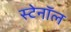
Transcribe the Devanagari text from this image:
स्टेनॉल